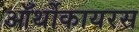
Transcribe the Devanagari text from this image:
ऑर्थोकायरस